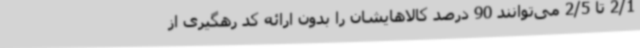
2/1 تا 2/5 می‌توانند 90 درصد کالاهایشان را بدون ارائه کد رهگیری از